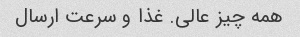
همه چیز عالی. غذا و سرعت ارسال